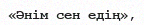
«Әнім сен едің»,